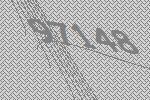
97148